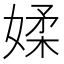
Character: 媃